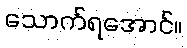
သောက်ရအောင်။